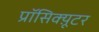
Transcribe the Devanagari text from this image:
प्रॉसिक्य़ूटर